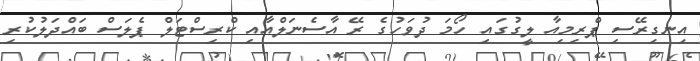
އިނގިރޭސި ޕްރިމިއާ ލީގުގައި ހޯމަ ދުވަހުގެ ރޭ އާސެނަލްއާއި ކްރިސްޓަލް ޕެލަސް ބައްދަލުކުރި